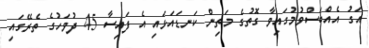
އަގު އެއްބަސްވުމުގައިވާ ގޮތުގެ މަތިން ކަނޑައަޅައި އެ ފައިސާ 45 ދުވަހުގެ ތެރޭގައި